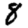
Digit: 8